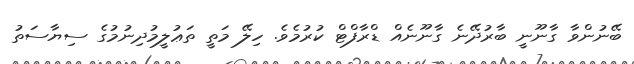
ބޭނުންވާ ގާނޫނީ ބާރުދޭނެ ގާނޫނެއް ޑްރާފްޓް ކުރުމެވެ. ހިލޭ މަތީ ތަޢުލީމުދިނުމުގެ ސިޔާސަތު